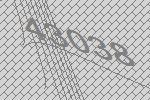
43038